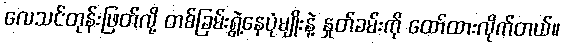
လေသင်တုန်းဖြတ်လို့ တစ်ခြမ်းရွဲ့နေပုံမျိုးနဲ့ နှုတ်ခမ်းကို ထော်ထားလိုက်တယ်။